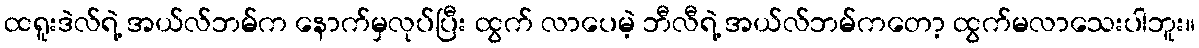
ထရူးဒဲလ်ရဲ့ အယ်လ်ဘမ်က နောက်မှလုပ်ပြီး ထွက် လာပေမဲ့ ဘီလီရဲ့ အယ်လ်ဘမ်ကတော့ ထွက်မလာသေးပါဘူး။